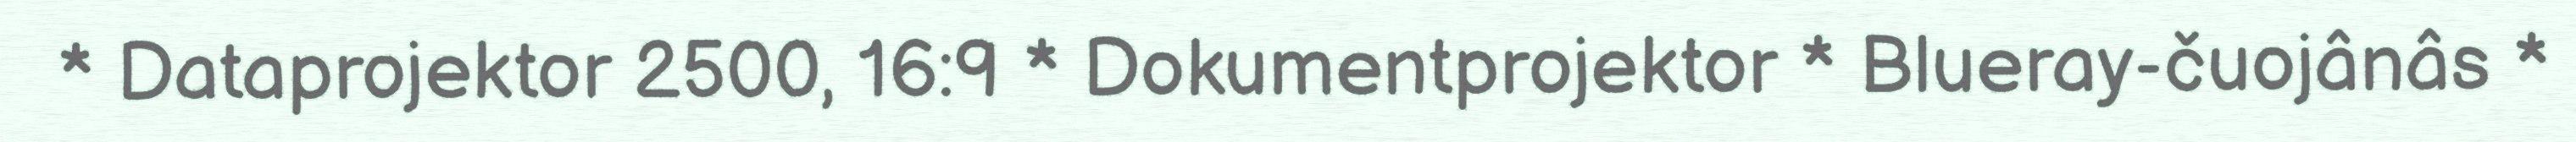
* Dataprojektor 2500, 16:9 * Dokumentprojektor * Blueray-čuojânâs *